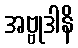
အဗ္ဗုဒါနိ